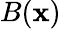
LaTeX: B(\mathbf{x})